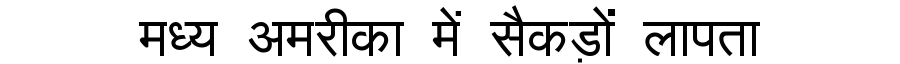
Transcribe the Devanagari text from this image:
मध्य अमरीका में सैकड़ों लापता